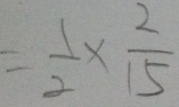
= \frac { 1 } { 2 } \times \frac { 2 } { 1 5 }